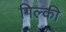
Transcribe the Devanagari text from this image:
गिल्की